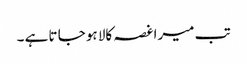
تب میرا غصہ کالا ہو جا تا ہے ۔